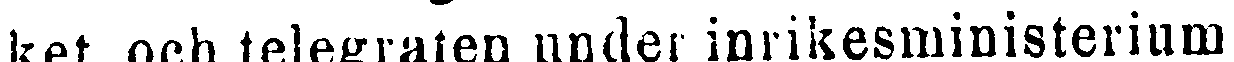
ket och telegrafen under inrikesministerium.